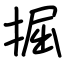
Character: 掘